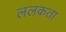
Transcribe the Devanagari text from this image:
ललकता